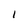
Character: I